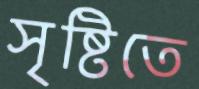
সৃষ্টিতে